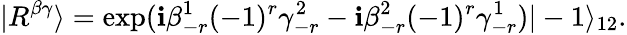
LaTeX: |R^{\beta\gamma}\rangle=\exp(\mathbf{i}\beta_{-r}^{1}(-1)^{r}\gamma_{-r}^{2}-\mathbf{i}\beta_{-r}^{2}(-1)^{r}\gamma_{-r}^{1})|-1\rangle_{12}.